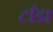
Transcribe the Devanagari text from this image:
टाँडा